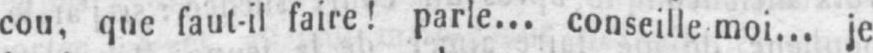
cou, que faut-il faire! parle... conseille moi... je